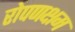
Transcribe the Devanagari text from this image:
रोपणक्षम